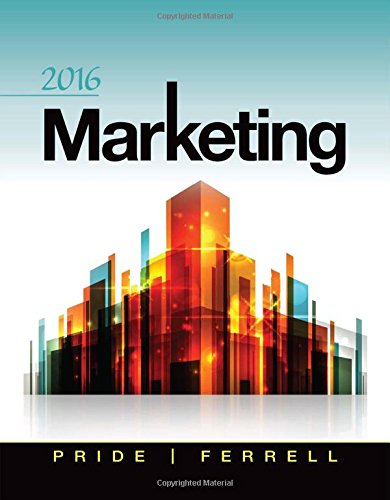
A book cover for Marketing 2016; William M. Pride; Business & Money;